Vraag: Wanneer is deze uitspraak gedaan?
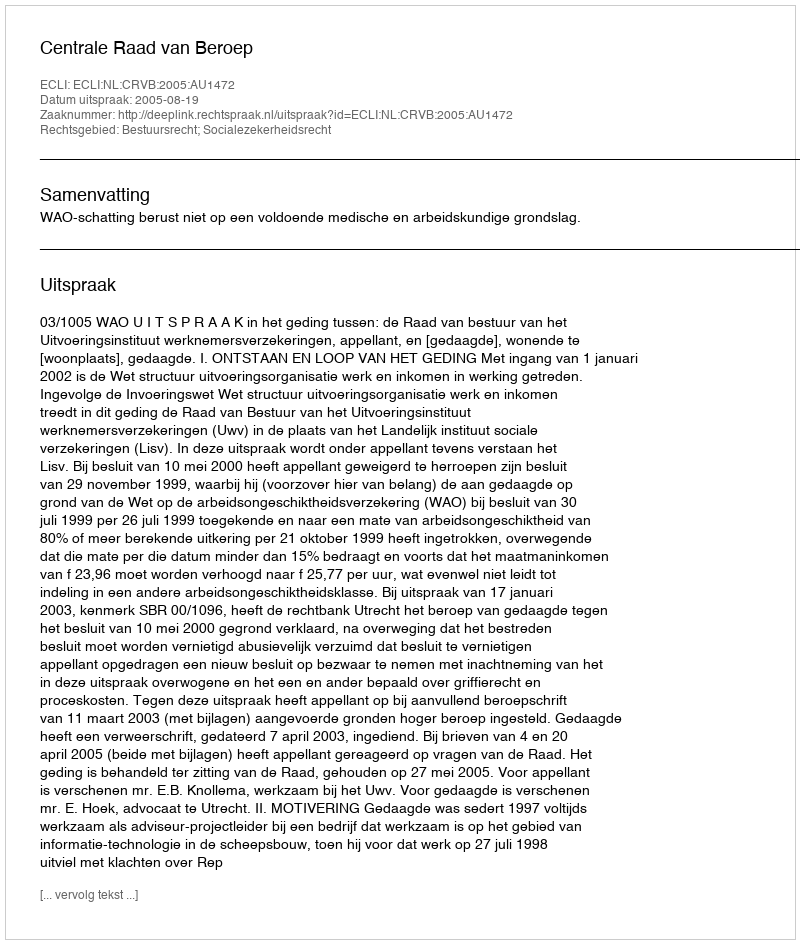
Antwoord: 2005-08-19